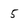
Character: 5